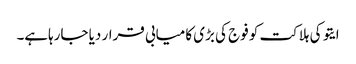
ایتو کی ہلاکت کو فوج کی بڑی کامیابی قرار دیا جارہاہے۔